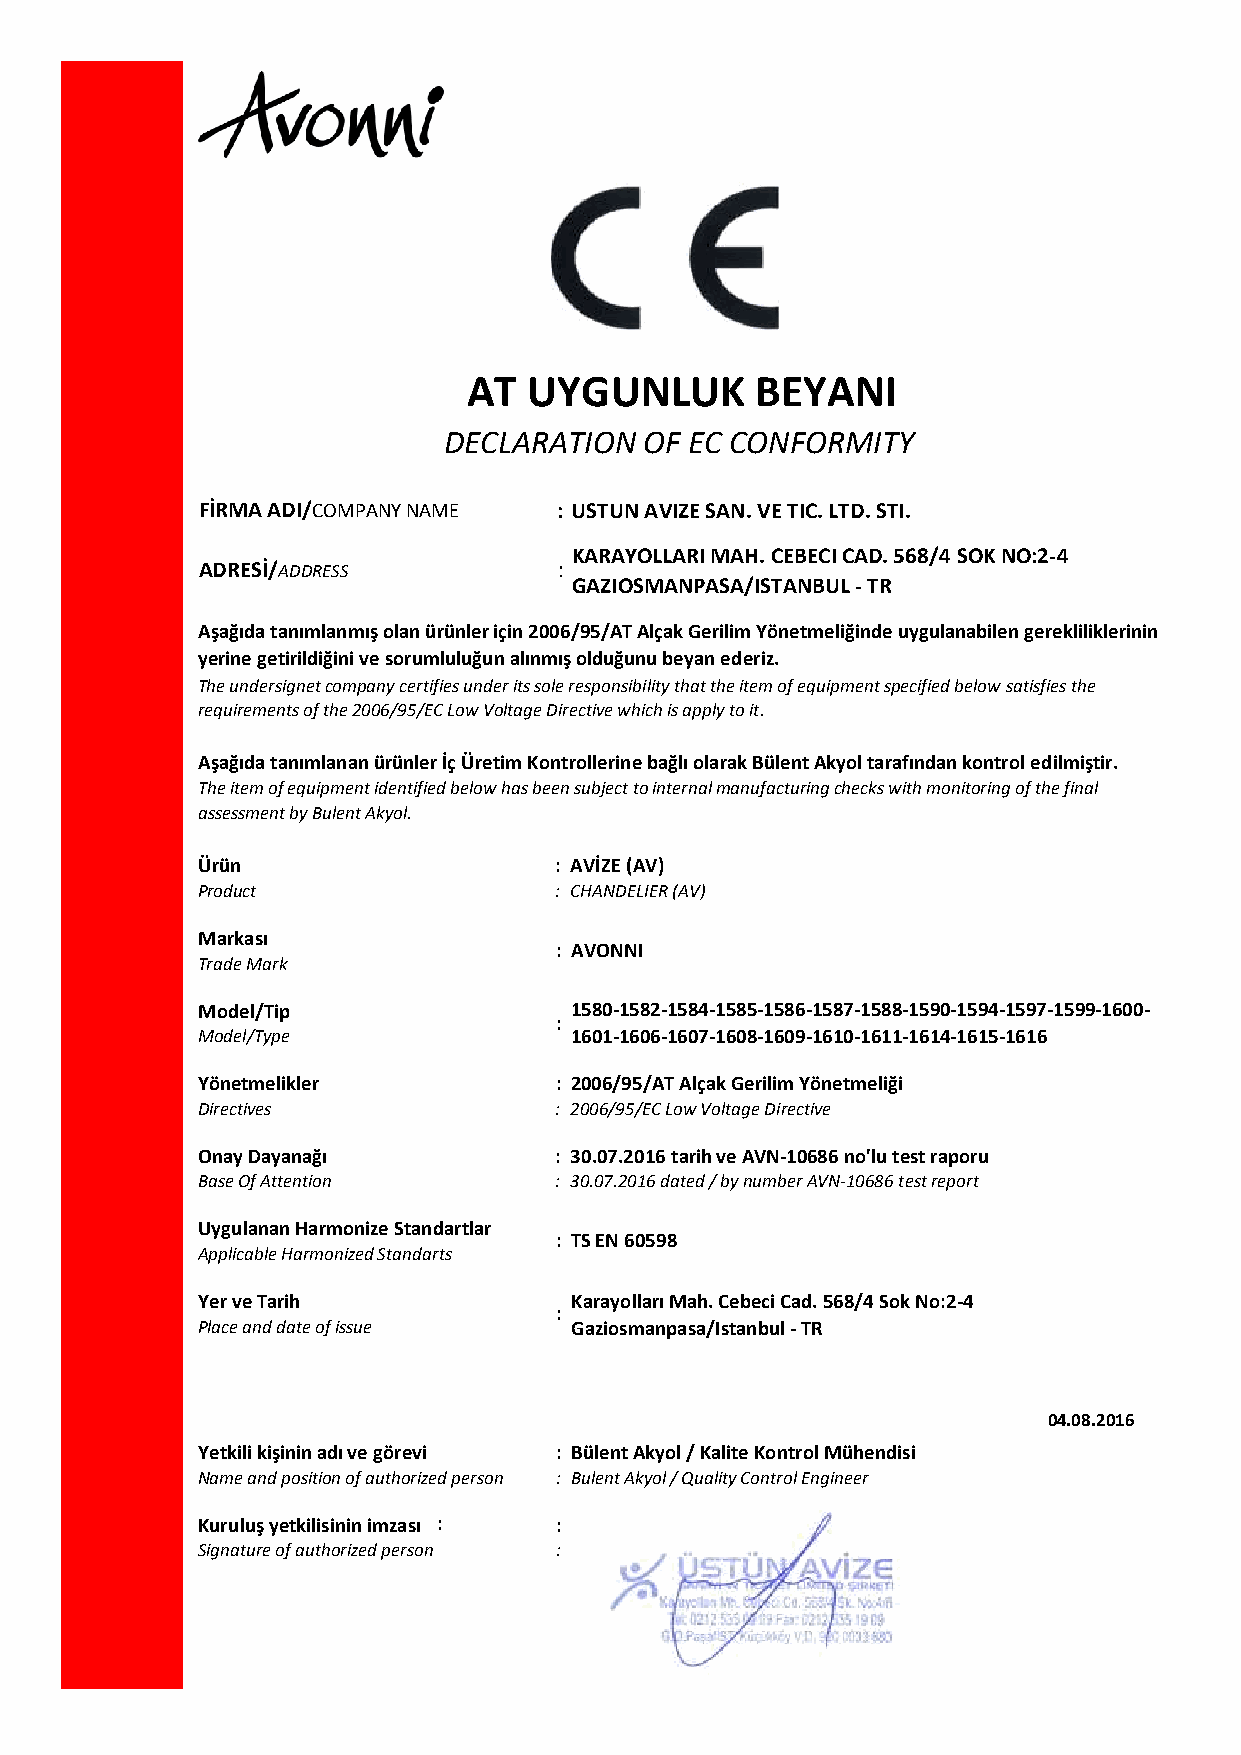
AT  UYGUNLUK       BEYANI
 DECLARATION   OF EC CONFORMITY
 FİRMA ADI/COMPANY NAME  : USTUN AVIZE SAN. VE TIC. LTD. STI.
 KARAYOLLARI MAH. CEBECI CAD. 568/4 SOK NO:2-4
 ADRESİ/ADDRESS          :
 GAZIOSMANPASA/ISTANBUL - TR
 Aşağıda tanımlanmış olan ürünler için 2006/95/AT Alçak Gerilim Yönetmeliğinde uygulanabilen gerekliliklerinin
 yerine getirildiğini ve sorumluluğun alınmış olduğunu beyan ederiz.
 The undersignet company certifies under its sole responsibility that the item of equipment specified below satisfies the
 requirements of the 2006/95/EC Low Voltage Directive which is apply to it.
 Aşağıda tanımlanan ürünler İç Üretim Kontrollerine bağlı olarak Bülent Akyol tarafından kontrol edilmiştir.
 The item of equipment identified below has been subject to internal manufacturing checks with monitoring of the final
 assessment by Bulent Akyol.
 Ürün                    : AVİZE (AV)
 Product                 : CHANDELIER (AV)
 Markası
 : AVONNI
 Trade Mark
 Model/Tip                1580-1582-1584-1585-1586-1587-1588-1590-1594-1597-1599-1600-
 :
 Model/Type               1601-1606-1607-1608-1609-1610-1611-1614-1615-1616
 Yönetmelikler           : 2006/95/AT Alçak Gerilim Yönetmeliği
 Directives              : 2006/95/EC Low Voltage Directive
 Onay Dayanağı           : 30.07.2016 tarih ve AVN-10686 no'lu test raporu
 Base Of Attention       : 30.07.2016 dated / by number AVN-10686 test report
 Uygulanan Harmonize Standartlar
 : TS EN 60598
 Applicable Harmonized Standarts
 Yer ve Tarih             Karayolları Mah. Cebeci Cad. 568/4 Sok No:2-4
 :
 Place and date of issue  Gaziosmanpasa/Istanbul - TR
 04.08.2016
 Yetkili kişinin adı ve görevi : Bülent Akyol / Kalite Kontrol Mühendisi
 Name and position of authorized person : Bulent Akyol / Quality Control Engineer
 Kuruluş yetkilisinin imzası : :
 Signature of authorized person :